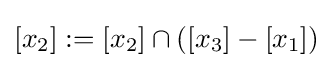
[x_{2}]:=[x_{2}]\cap ([x_{3}]-[x_{1}])